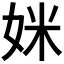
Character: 𫰤